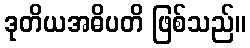
ဒုတိယအဓိပတိ ဖြစ်သည်။